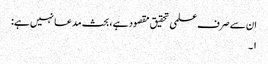
ان سے صرف علمی تحقیق مقصود ہے، بحث مدعا نہیں ہے:
۱۔